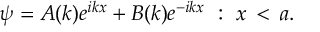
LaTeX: \psi = A ( k ) e ^ { i k x } + B ( k ) e ^ { - i k x } \, \, : \, \, x \, < \, a .